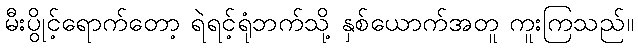
မီးပွိုင့်ရောက်တော့ ရဲရင့်ရုံဘက်သို့ နှစ်ယောက်အတူ ကူးကြသည်။